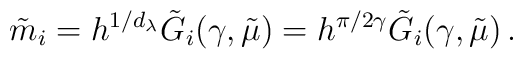
\tilde{m}_{i}=h^{1/d_{\lambda}}\tilde{G}_{i}(\gamma,\tilde{\mu})=h^{\pi/2\gamma}\tilde{G}_{i}(\gamma,\tilde{\mu})\, .